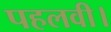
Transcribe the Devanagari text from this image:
पहलवी।